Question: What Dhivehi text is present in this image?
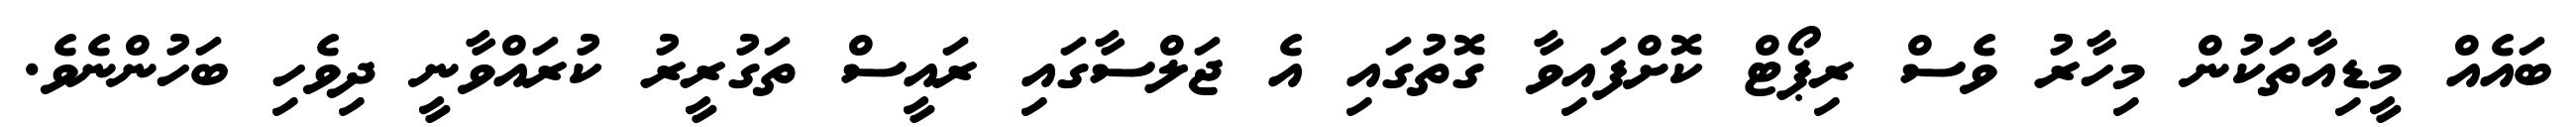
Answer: ބައެއް މީޑިއާތަކުން މިހާރު ވެސް ރިޕޯޓް ކޮށްފައިވާ ގޮތުގައި އެ ޖަލްސާގައި ރައީސް ތަގުރީރު ކުރައްވާނީ ދިވެހި ބަހުންނެވެ.